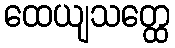
ထေယျသတ္ထေ